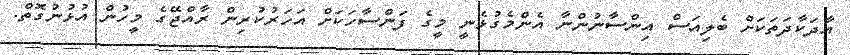
އާދަކާދަތަކަށް ބެލިއަސް އިންސާނުންނާ އެންމެގުޅެނީ މީގެ ފަންސާހަކަށް އަހަރުކުރިން ރާއްޖޭގެ މީހުން އުޅުނުގޮތް.